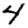
Digit: 4